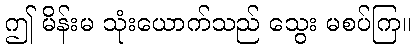
ဤ မိန်းမ သုံးယောက်သည် သွေး မစပ်ကြ။